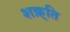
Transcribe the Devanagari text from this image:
शक़्ति